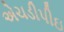
એચડીપીઇ